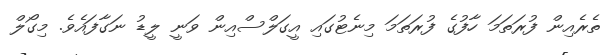
ތެރެއިން ފުރަތަމަ ހާފުގެ ފުރަތަމަ މިނެޓުގައި އީގަލްސްއިން ވަނީ ލީޑު ނަގާފައެވެ. މިގޯލް